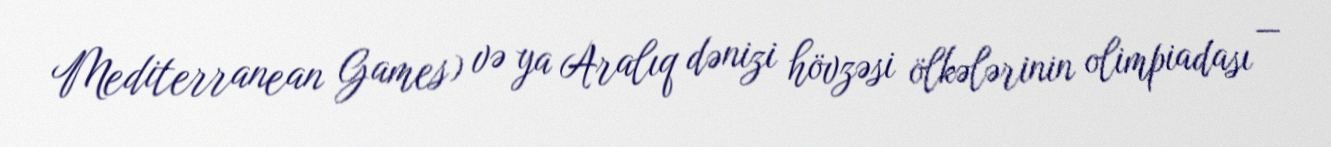
Mediterranean Games) və ya Aralıq dənizi hövzəsi ölkələrinin olimpiadası —